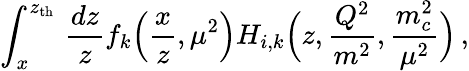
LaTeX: \int_{x}^{z_{\mathrm{th}}}\, \frac{dz}{z}f_{k}\Big(\frac{x}{z},\mu^{2}\Big)H_{i,k}\Big(z,\frac{Q^{2}}{m^{2}},\frac{m_{c}^{2}}{\mu^{2}}\Big)\, ,